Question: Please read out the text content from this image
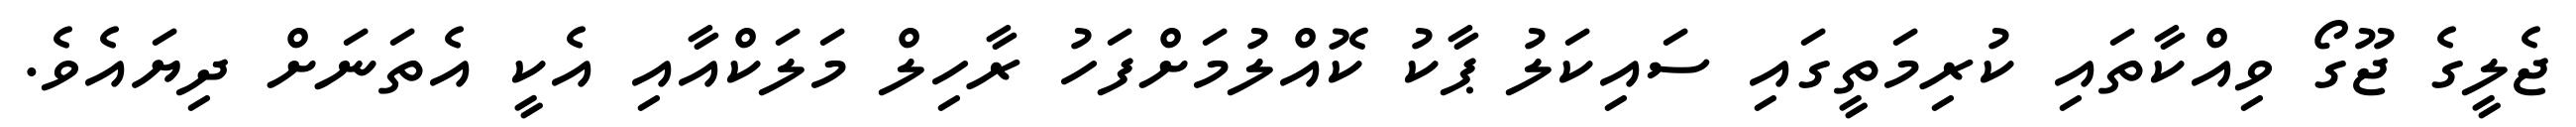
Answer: ޖެލީގެ ޖޫގޯ ވިއްކާތައި ކުރިމަތީގައި ސައިކަލު ޕާކު ކޮއްލުމަށްފަހު ރާހިލް މަލަކްއާއި އެކީ އެތަނަށް ދިޔައެވެ.